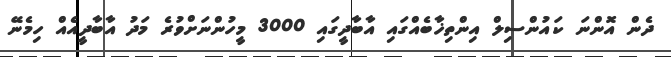
ދެން އޮންނަ ކައުންސިލް އިންތިޚާބެއްގައި އާބާދީގައި 3000 މީހުންނަށްވުރެ މަދު އާބާދީއެއް ހިމެނޭ